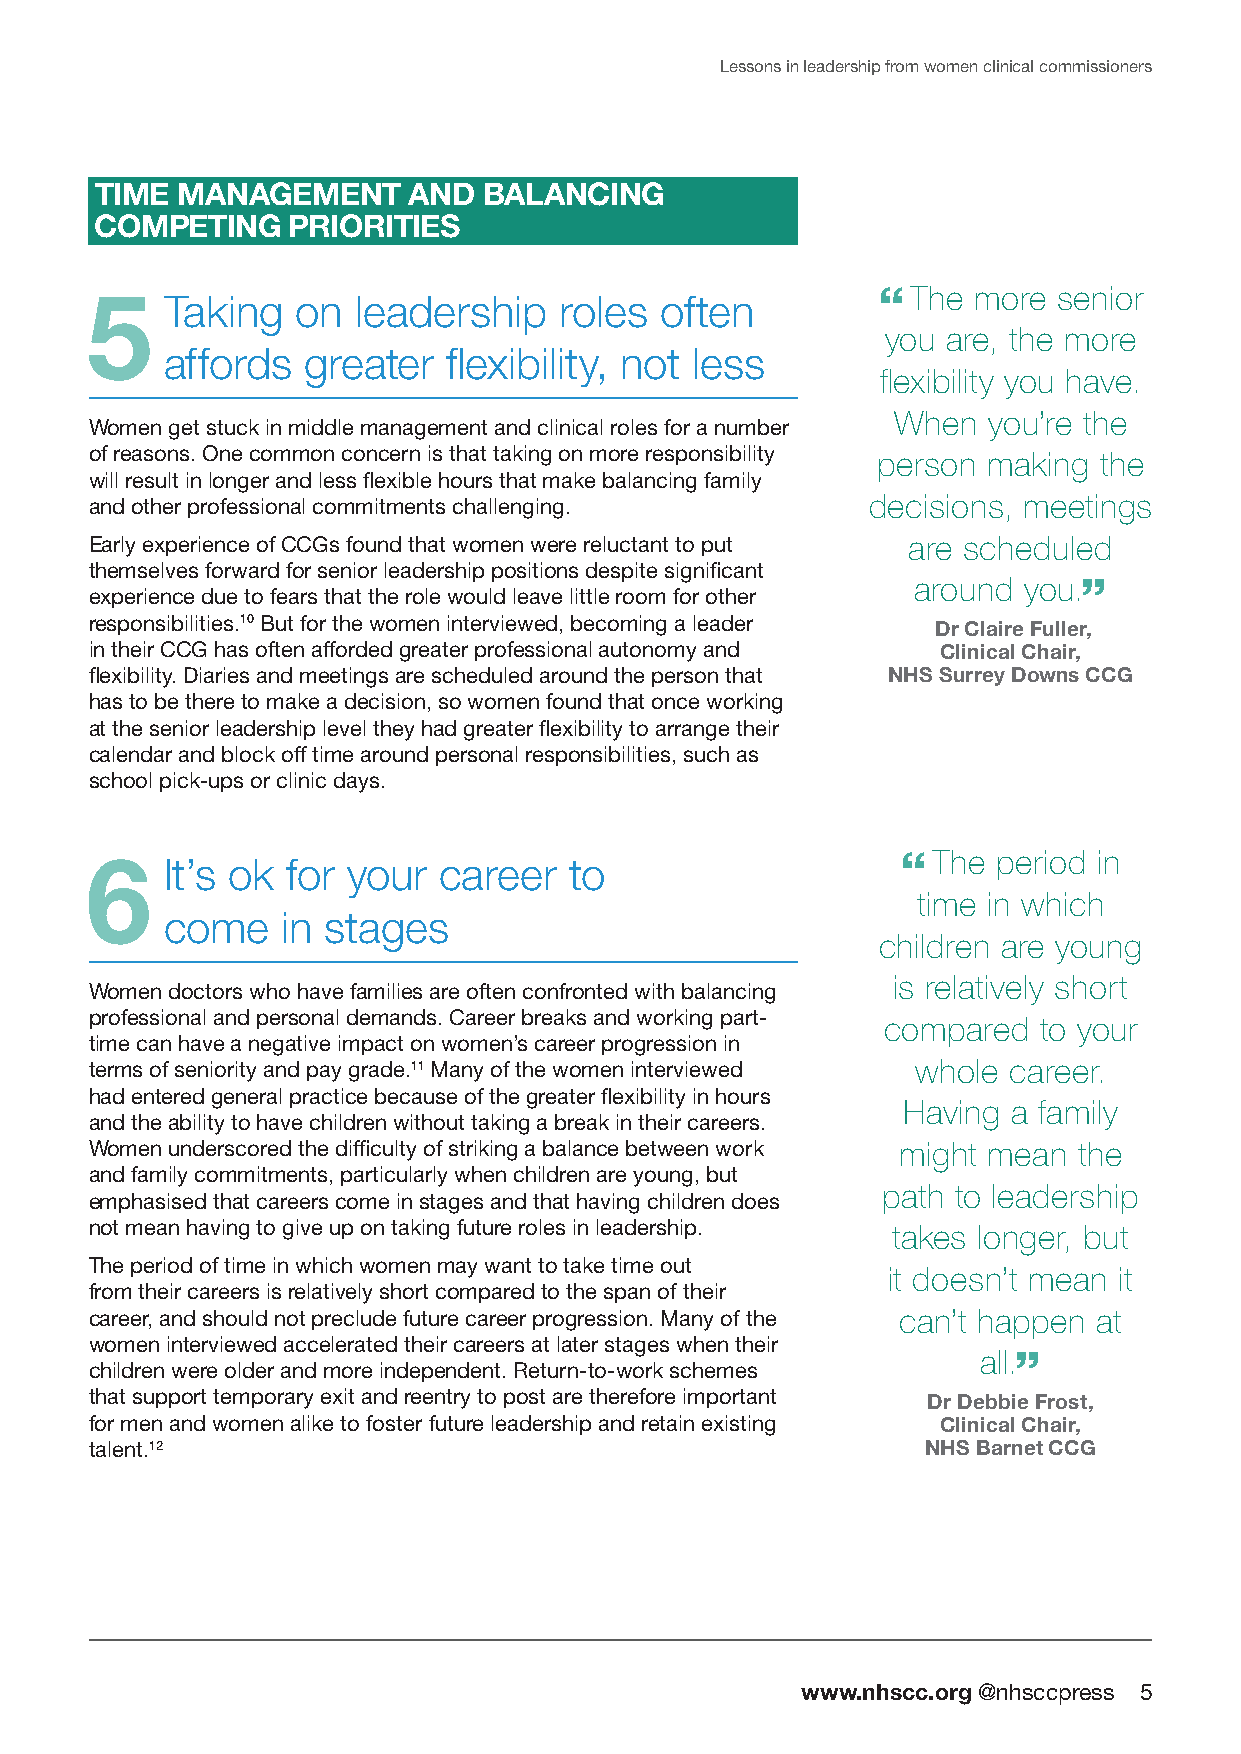
Lessons in leadership from women clinical commissioners
 TiMe  ManaGeMenT     and  BaLanCinG
 CoMpeTinG    prioriTies
 5    T aking  on  leadership   roles  often         “The  more  senior
 you are, the more
 affords  greater   flexibility, not less
 flexibility you have.
 When  you’re the
 Women get stuck in middle management and clinical roles for a number
 of reasons. One common concern is that taking on more responsibility person making the
 will result in longer and less flexible hours that make balancing family
 and other professional commitments challenging.    decisions, meetings
 Early experience of CCGs found that women were reluctant to put are scheduled
 themselves forward for senior leadership positions despite significant
 around  you.”
 experience due to fears that the role would leave little room for other
 responsibilities.10 But for the women interviewed, becoming a leader
 dr Claire Fuller,
 in their CCG has often afforded greater professional autonomy and Clinical Chair,
 flexibility. Diaries and meetings are scheduled around the person that nhs surrey downs CCG
 has to be there to make a decision, so women found that once working
 at the senior leadership level they had greater flexibility to arrange their
 calendar and block off time around personal responsibilities, such as
 school pick-ups or clinic days.
 6    I t’s ok for your career   to                    “The  period in
 time in which
 come    in stages
 children are young
 is relatively short
 Women doctors who have families are often confronted with balancing
 professional and personal demands. Career breaks and working part-
 compared   to your
 time can have a negative impact on women’s career progression in
 terms of seniority and pay grade.11 Many of the women interviewed whole career.
 had entered general practice because of the greater flexibility in hours
 Having a family
 and the ability to have children without taking a break in their careers.
 Women underscored the difficulty of striking a balance between work might mean the
 and family commitments, particularly when children are young, but
 path to leadership
 emphasised that careers come in stages and that having children does
 not mean having to give up on taking future roles in leadership. takes longer, but
 The period of time in which women may want to take time out
 it doesn’t mean it
 from their careers is relatively short compared to the span of their
 career, and should not preclude future career progression. Many of the can’t happen at
 women interviewed accelerated their careers at later stages when their
 all.”
 children were older and more independent. Return-to-work schemes
 that support temporary exit and reentry to post are therefore important dr debbie Frost,
 for men and women alike to foster future leadership and retain existing Clinical Chair,
 talent.12                                              nhs Barnet CCG
 www.nhscc.org @nhsccpress 5